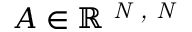
\boldsymbol { A } \in \mathbb { R } ^ { \textit { N , N } }